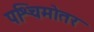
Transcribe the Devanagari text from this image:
पश्चिमोतर